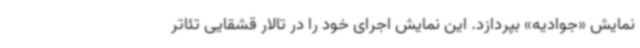
نمایش «جوادیه» بپردازد. این نمایش اجرای خود را در تالار قشقایی تئاتر